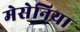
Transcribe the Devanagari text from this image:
मेसेनिया